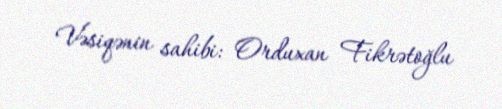
Vəsiqənin sahibi: Orduxan Fikrətoğlu